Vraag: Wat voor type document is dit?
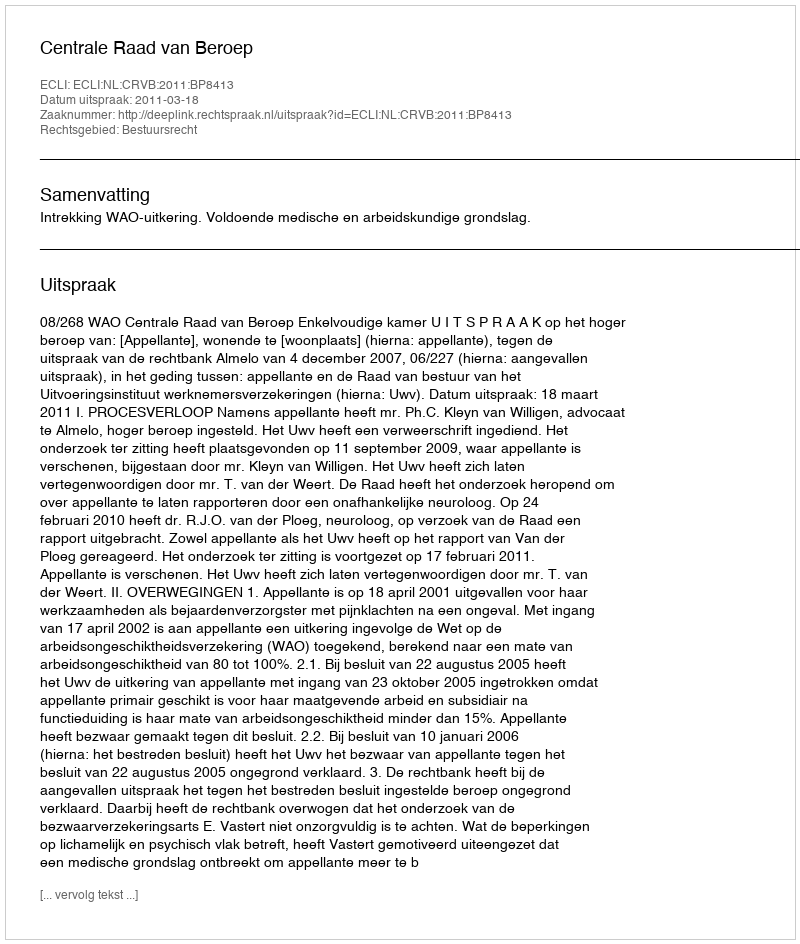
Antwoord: Uitspraak